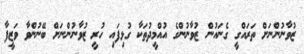
ޒުވާނުންނަށް ތަރައްގީ ގެނައުން ޒުވާނުންގެ އުއްމީދުތަކާ ގުޅިފައި ހުރީ ޒުވާނުންނަށް ބޭނުންވާ ވަޒީފާ